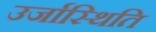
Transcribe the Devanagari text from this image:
उर्जास्थिति